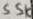
Text: 55K